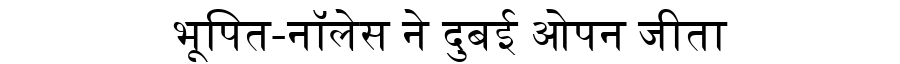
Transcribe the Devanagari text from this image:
भूपित-नॉलेस ने दुबई ओपन जीता